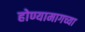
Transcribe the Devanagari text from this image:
होण्यामागच्या